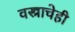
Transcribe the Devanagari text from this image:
वस्त्राचेही